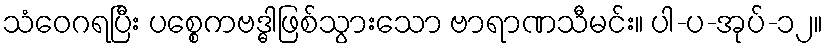
သံဝေဂရပြီး ပစ္စေကဗဒ္ဓါဖြစ်သွားသော ဗာရာဏသီမင်း။ ပါ-ပ-အုပ်-၁၂။